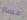
مسار